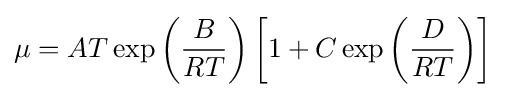
\mu =AT\exp \left({\frac {B}{RT}}\right)\left[1+C\exp \left({\frac {D}{RT}}\right)\right]